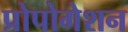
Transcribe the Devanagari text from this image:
प्रोपोगेशन